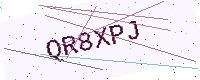
Text: QR8XPJ